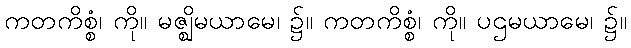
ကတကိစ္စံ၊ ကို။ မဇ္ဈိမယာမေ၊ ၌။ ကတကိစ္စံ၊ ကို။ ပဌမယာမေ၊ ၌။